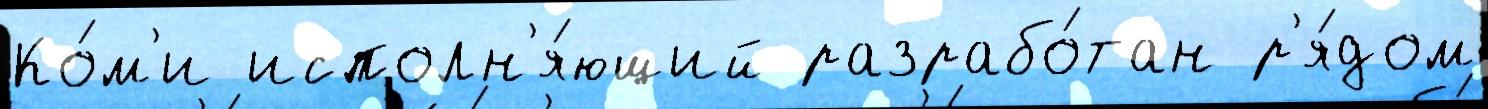
Ко́м'и исполн'я́ющий разрабо́тан р'я́дом